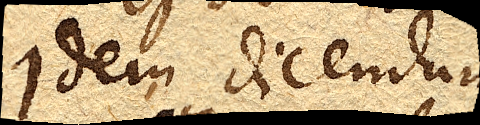
Idem dicendum